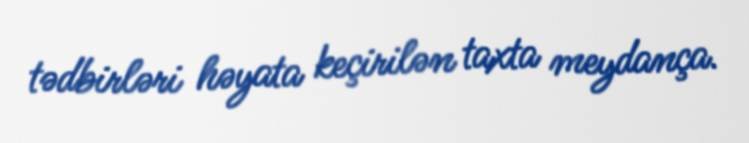
tədbirləri həyata keçirilən taxta meydança.